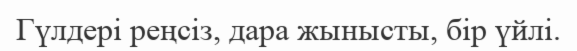
Гүлдері реңсіз, дара жынысты, бір үйлі.